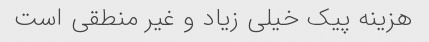
هزینه پیک خیلی زیاد و غیر منطقی است